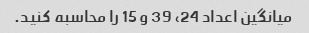
میانگین اعداد 24، 39 و 15 را محاسبه کنید.